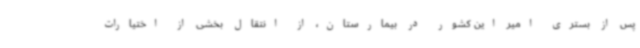
پس از بستری امیر این کشور در بیمارستان، از انتقال بخشی از اختیارات